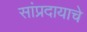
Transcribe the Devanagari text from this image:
सांप्रदायाचे